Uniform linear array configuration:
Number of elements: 32
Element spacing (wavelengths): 1
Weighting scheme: cosine
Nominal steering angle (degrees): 0
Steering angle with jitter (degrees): -0.6549
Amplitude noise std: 0.05
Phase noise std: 0.05

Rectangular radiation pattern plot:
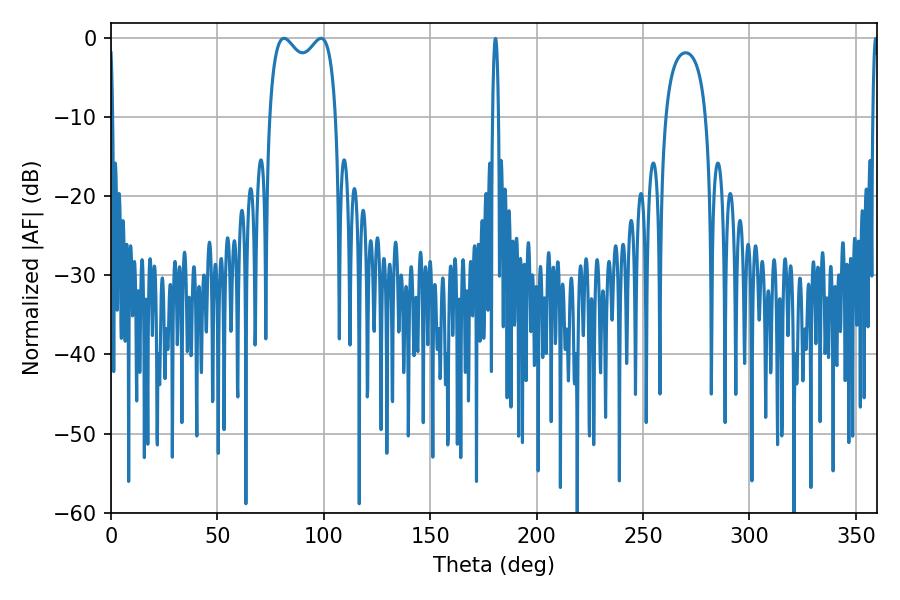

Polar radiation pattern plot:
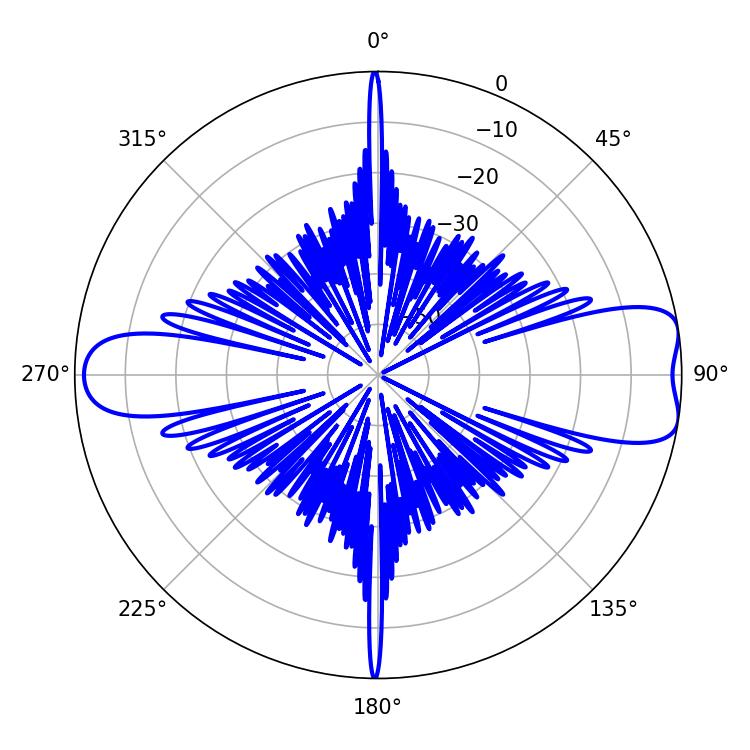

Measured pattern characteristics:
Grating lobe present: TRUE
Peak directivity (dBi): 9.107
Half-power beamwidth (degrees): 25.92
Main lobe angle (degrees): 98.64